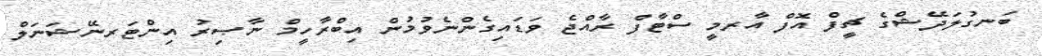
ބަނގުލަދޭޝްގެ ޗީފް އޮފް އާރމީ ސްޓާފް ރާއްޖެ ވަޑައިގެންނެވުމުން އިބްރާހީމް ނާޞިރު އިންޓަރނޭޝަނަލް